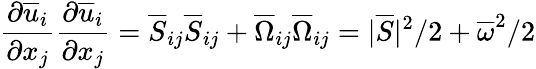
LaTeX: \frac{\partial\overline{{u}}_{i}}{\partial x_{j}}\frac{\partial\overline{{u}}_{i}}{\partial x_{j}}=\overline{{S}}_{ij}\overline{{S}}_{ij}+\overline{{\Omega}}_{ij}\overline{{\Omega}}_{ij}=|\overline{{S}}|^{2}/2+\overline{{\omega}}^{2}/2